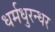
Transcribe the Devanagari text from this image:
धर्मधुरन्धर